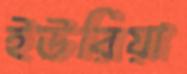
ইউরিয়া